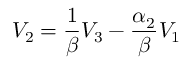
V _ { 2 } = \frac { 1 } { \beta } V _ { 3 } - \frac { \alpha _ { 2 } } { \beta } V _ { 1 }